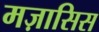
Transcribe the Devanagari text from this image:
मज़ासिस